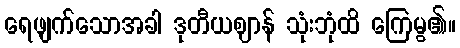
ရေဖျက်သောအခါ ဒုတီယဈာန် သုံးဘုံထိ ကြေမွ၏။